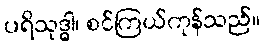
ပရိသုဒ္ဓါ၊ စင်ကြယ်ကုန်သည်။